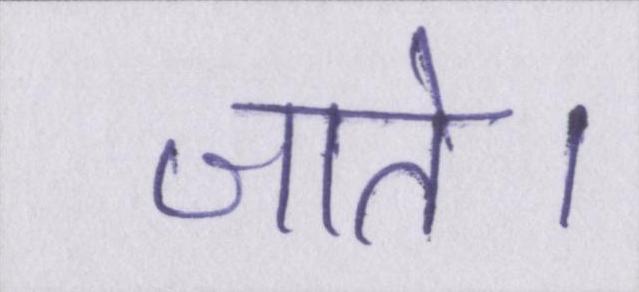
जाते।